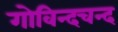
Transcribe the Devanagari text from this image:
गोविन्दचन्द